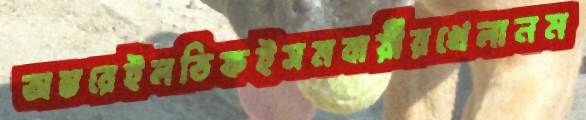
অন্তরেইলতিফইসমবায়ীরখেলানম